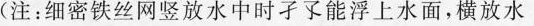
(注：细密铁丝网竖放水中时子了能浮上水面，横放水